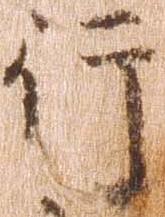
行